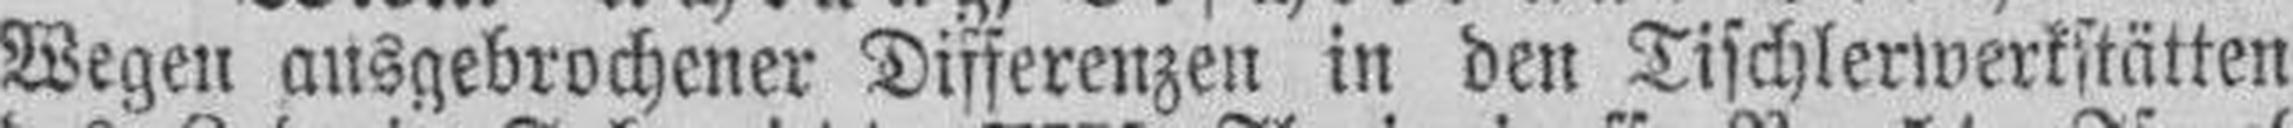
Wegen ausgebrochener Differenzen in den Tischlerwerkstätten